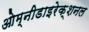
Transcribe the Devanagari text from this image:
ओम्नीडाइरेक्शनल